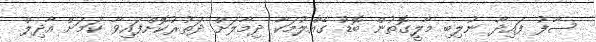
ސާފު ފައިދާ ނުލިބި މާލީގޮތުން ބޮޑު ގެއްލުމަކާ ދިމާލަށް ދަތުރުކޮށްފައިވާ ކަމަށް އާދިލް